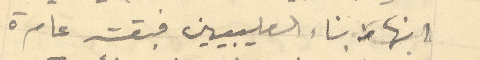
انها من بناء الصليبيين فبقت عامرة